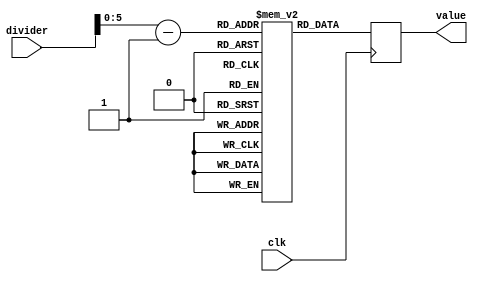
`timescale 1ns / 1ps
//////////////////////////////////////////////////////////////////////////////////
// Company: 
// Engineer: 
// 
// Design Name: 
// Module Name: pll_lock_lookup
// Project Name: 
// Target Devices: 
// Tool Versions: 
// Description: 
// 
// Dependencies: 
// 
// Revision:
// Revision 0.01 - File Created
// Additional Comments:
// 
//////////////////////////////////////////////////////////////////////////////////


module pll_lock_lookup(
    input clk,
    input [6:0] divider,
    output reg [39:0] value
    );
    (*rom_style = "block" *) reg [39:0] lookup [0:64];
    wire [5:0] addr;
   initial
   begin
            lookup[00]=40'b00110_00110_1111101000_1111101001_0000000001;
            lookup[01]=40'b00110_00110_1111101000_1111101001_0000000001;
            lookup[02]=40'b01000_01000_1111101000_1111101001_0000000001;
            lookup[03]=40'b01011_01011_1111101000_1111101001_0000000001;
            lookup[04]=40'b01110_01110_1111101000_1111101001_0000000001;
            lookup[05]=40'b10001_10001_1111101000_1111101001_0000000001;
            lookup[06]=40'b10011_10011_1111101000_1111101001_0000000001;
            lookup[07]=40'b10110_10110_1111101000_1111101001_0000000001;
            lookup[08]=40'b11001_11001_1111101000_1111101001_0000000001;
            lookup[09]=40'b11100_11100_1111101000_1111101001_0000000001;
            lookup[10]=40'b11111_11111_1110000100_1111101001_0000000001;
            lookup[11]=40'b11111_11111_1100111001_1111101001_0000000001;
            lookup[12]=40'b11111_11111_1011101110_1111101001_0000000001;
            lookup[13]=40'b11111_11111_1010111100_1111101001_0000000001;
            lookup[14]=40'b11111_11111_1010001010_1111101001_0000000001;
            lookup[15]=40'b11111_11111_1001110001_1111101001_0000000001;
            lookup[16]=40'b11111_11111_1000111111_1111101001_0000000001;
            lookup[17]=40'b11111_11111_1000100110_1111101001_0000000001;
            lookup[18]=40'b11111_11111_1000001101_1111101001_0000000001;
            lookup[19]=40'b11111_11111_0111110100_1111101001_0000000001;
            lookup[20]=40'b11111_11111_0111011011_1111101001_0000000001;
            lookup[21]=40'b11111_11111_0111000010_1111101001_0000000001;
            lookup[22]=40'b11111_11111_0110101001_1111101001_0000000001;
            lookup[23]=40'b11111_11111_0110010000_1111101001_0000000001;
            lookup[24]=40'b11111_11111_0110010000_1111101001_0000000001;
            lookup[25]=40'b11111_11111_0101110111_1111101001_0000000001;
            lookup[26]=40'b11111_11111_0101011110_1111101001_0000000001;
            lookup[27]=40'b11111_11111_0101011110_1111101001_0000000001;
            lookup[28]=40'b11111_11111_0101000101_1111101001_0000000001;
            lookup[29]=40'b11111_11111_0101000101_1111101001_0000000001;
            lookup[30]=40'b11111_11111_0100101100_1111101001_0000000001;
            lookup[31]=40'b11111_11111_0100101100_1111101001_0000000001;
            lookup[32]=40'b11111_11111_0100101100_1111101001_0000000001;
            lookup[33]=40'b11111_11111_0100010011_1111101001_0000000001;
            lookup[34]=40'b11111_11111_0100010011_1111101001_0000000001;
            lookup[35]=40'b11111_11111_0100010011_1111101001_0000000001;
            lookup[36]=40'b11111_11111_0011111010_1111101001_0000000001;
            lookup[37]=40'b11111_11111_0011111010_1111101001_0000000001;
            lookup[38]=40'b11111_11111_0011111010_1111101001_0000000001;
            lookup[39]=40'b11111_11111_0011111010_1111101001_0000000001;
            lookup[40]=40'b11111_11111_0011111010_1111101001_0000000001;
            lookup[41]=40'b11111_11111_0011111010_1111101001_0000000001;
            lookup[42]=40'b11111_11111_0011111010_1111101001_0000000001;
            lookup[43]=40'b11111_11111_0011111010_1111101001_0000000001;
            lookup[44]=40'b11111_11111_0011111010_1111101001_0000000001;
            lookup[45]=40'b11111_11111_0011111010_1111101001_0000000001;
            lookup[46]=40'b11111_11111_0011111010_1111101001_0000000001;
            lookup[47]=40'b11111_11111_0011111010_1111101001_0000000001;
            lookup[48]=40'b11111_11111_0011111010_1111101001_0000000001;
            lookup[49]=40'b11111_11111_0011111010_1111101001_0000000001;
            lookup[50]=40'b11111_11111_0011111010_1111101001_0000000001;
            lookup[51]=40'b11111_11111_0011111010_1111101001_0000000001;
            lookup[52]=40'b11111_11111_0011111010_1111101001_0000000001;
            lookup[53]=40'b11111_11111_0011111010_1111101001_0000000001;
            lookup[54]=40'b11111_11111_0011111010_1111101001_0000000001;
            lookup[55]=40'b11111_11111_0011111010_1111101001_0000000001;
            lookup[56]=40'b11111_11111_0011111010_1111101001_0000000001;
            lookup[57]=40'b11111_11111_0011111010_1111101001_0000000001;
            lookup[58]=40'b11111_11111_0011111010_1111101001_0000000001;
            lookup[59]=40'b11111_11111_0011111010_1111101001_0000000001;
            lookup[60]=40'b11111_11111_0011111010_1111101001_0000000001;
            lookup[6]=40'b11111_11111_0011111010_1111101001_0000000001;
            lookup[00]=40'b11111_11111_0011111010_1111101001_0000000001;
            lookup[00]=40'b11111_11111_0011111010_1111101001_0000000001;
   end
   
   assign addr = divider - 1;
   always @(posedge clk)
   begin
       value = lookup[addr];
   end 

endmodule